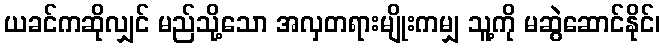
ယခင်ကဆိုလျှင် မည်သို့သော အလှတရားမျိုးကမျှ သူ့ကို မဆွဲဆောင်နိုင်၊